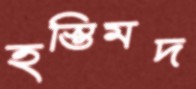
হস্তিমদ